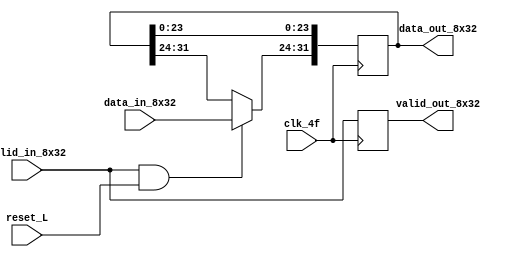
module Demux_8x32 (
	output reg	[31:0] data_out_8x32,
	output reg	valid_out_8x32,
	input		clk_4f,
	input		[7:0] data_in_8x32,
	input		valid_in_8x32,
	input 		reset_L);
	
	reg 	[1:0] selector_clk_4f;
	
	always @ (*) begin
		
		selector_clk_4f = 'b0;
	end
	
	always @ (posedge clk_4f) begin           //<<   >>
	
		if ((valid_in_8x32==1) & (reset_L==1))
			
			if (selector_clk_4f == 'b00)
				data_out_8x32[31:24] <= data_in_8x32;
				selector_clk_4f <= selector_clk_4f +1;
				
			if (selector_clk_4f == 'b01)
				data_out_8x32[23:16] <= data_in_8x32;
				selector_clk_4f <= selector_clk_4f +1;
				
			if (selector_clk_4f == 'b10)
				data_out_8x32[15:8] <= data_in_8x32;
				selector_clk_4f <= selector_clk_4f +1;
				
			if (selector_clk_4f == 'b11)
				data_out_8x32[7:0] <= data_in_8x32;
				selector_clk_4f <= selector_clk_4f +1;
				
		valid_out_8x32 <= valid_in_8x32;
	end
		
		
endmodule